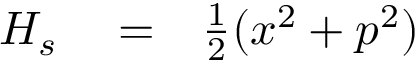
\begin{array} { r l r } { H _ { s } } & { { } = } & { \frac { 1 } { 2 } ( x ^ { 2 } + p ^ { 2 } ) } \end{array}